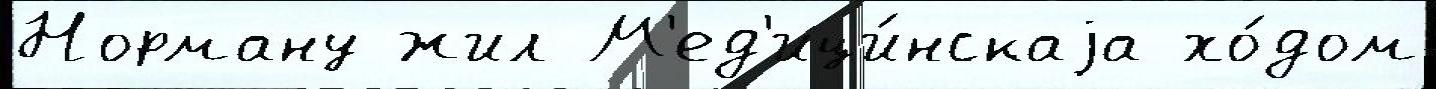
Норману жил М'ед'ици́нскаjа хо́дом